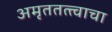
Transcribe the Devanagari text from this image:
अमृततत्त्वाचा